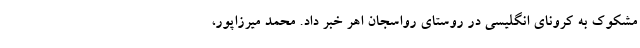
مشکوک به کرونای انگلیسی در روستای رواسجان اهر خبر داد. محمد میرزاپور،